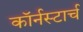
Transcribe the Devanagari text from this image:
कॉर्नस्टार्च